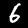
Digit: 6